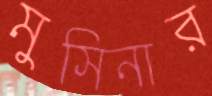
মুসিনার